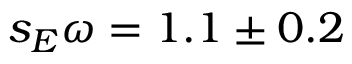
s _ { E } \omega = 1 . 1 \pm 0 . 2